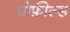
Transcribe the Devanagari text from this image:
प्रोफ़ील्ड